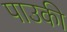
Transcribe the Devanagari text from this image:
पाउकी